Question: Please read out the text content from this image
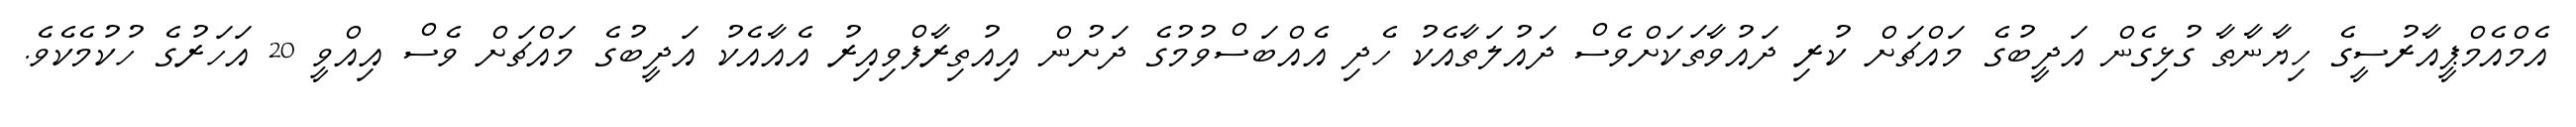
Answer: އެމްއެމްޕީއާރުސީގެ ހިޔާނާތާ ގުޅިގެން އަދީބުގެ މައްޗަށް ކުރި ދައުވާތަކަށްވެސް ދައުލަތާއެކު ހެދި އެއްބަސްވުމުގެ ދަށުން އިއުތިރާފްވިއިރު އެއާއެކު އަދީބުގެ މައްޗަށް ވެސް އިއްވީ 20 އަހަރުގެ ހުކުމެކެވެ.